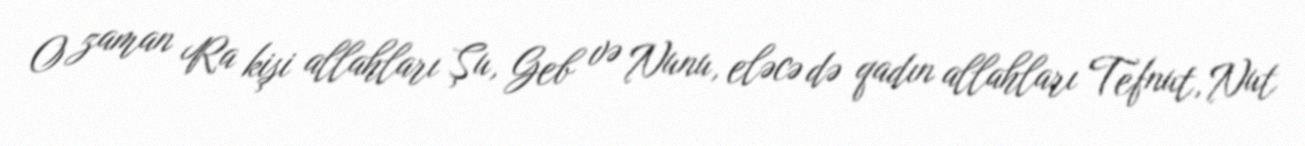
O zaman Ra kişi allahları Şu, Geb və Nunu, eləcə də qadın allahları Tefnut, Nut